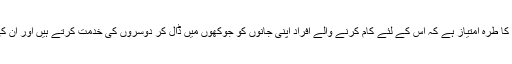
یقیناً یہی اس ادارے کا طرہ امتیاز ہے کہ اس کے لئے کام کرنے والے افراد اپنی جانوں کو جوکھوں میں ڈال کر دوسروں کی خدمت کرتے ہیں اور ان کی جانیں بچاتے ہیں۔